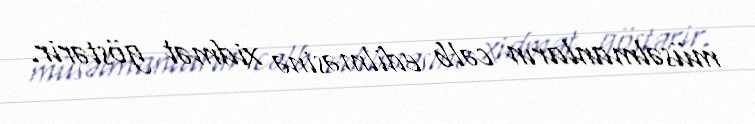
müsəlmanların cəlb edilməsinə xidmət göstərir.